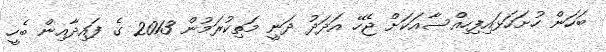
ބަހަން ހުށަހަޅައިފިހިއްސާއަކަށް ޖެހޭ އަދަދު ދަނީ މަތިކުރަމުން 2013 ގެ ފައިދާއިން ބެހީ